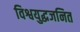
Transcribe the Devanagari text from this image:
विश्वयुद्धजनित